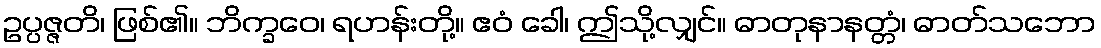
ဥပ္ပဇ္ဇတိ၊ ဖြစ်၏။ ဘိက္ခဝေ၊ ရဟန်းတို့။ ဧဝံ ခေါ၊ ဤသို့လျှင်။ ဓာတုနာနတ္တံ၊ ဓာတ်သဘော